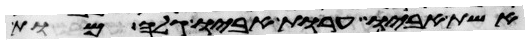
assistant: אשת אביו ערות אביו גלה מות